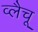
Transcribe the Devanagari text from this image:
व्लैचू